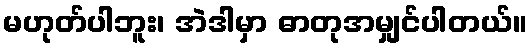
မဟုတ်ပါဘူး၊ အဲဒါမှာ ဓာတုအမျှင်ပါတယ်။